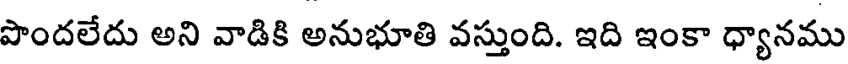
పొందలేదు అని వాడికి అనుభూతి వస్తుంది. ఇది ఇంకా ధ్యానము